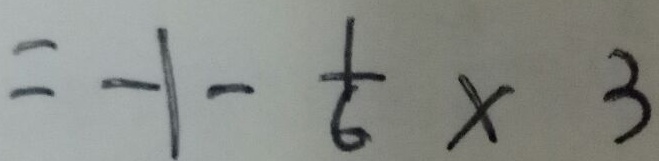
= - 1 - \frac { 1 } { 6 } \times 3